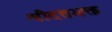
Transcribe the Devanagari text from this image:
श्रीदत्तभक्त